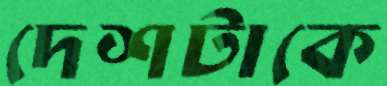
দেশটাকে